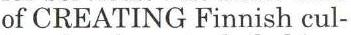
of CREATING Finnish cul-